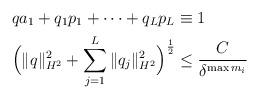
LaTeX: \begin{align*}&qa_1+q_1p_1+\dots+q_Lp_L \equiv 1\quad\\&\Big(\|q\|_{H^2}^2 + \sum_{j=1}^L\| q_j \|_{H^2}^2\Big)^{\frac{1}{2}} \le \frac{C}{\delta^{\max m_i}}\end{align*}